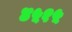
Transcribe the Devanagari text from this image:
४५१५